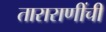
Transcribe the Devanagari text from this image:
ताराराणींची